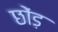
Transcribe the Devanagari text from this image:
छोंड़